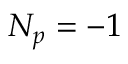
N _ { p } = - 1